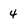
Character: 4